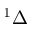
^ { 1 } \Delta